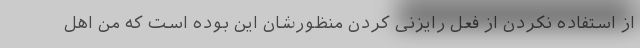
از استفاده نکردن از فعل رایزنی کردن منظورشان این بوده است که من اهل